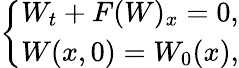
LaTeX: \left\{ \begin{array}{l}{W_{t}+F(W)_{x}=0,}\\ {W(x,0)=W_{0}(x),}\end{array}\right.